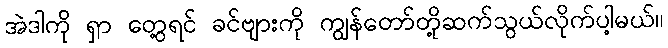
အဲဒါကို ရှာ တွေ့ရင် ခင်ဗျားကို ကျွန်တော်တို့ဆက်သွယ်လိုက်ပါ့မယ်။